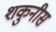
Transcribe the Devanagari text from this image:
शकुनीस